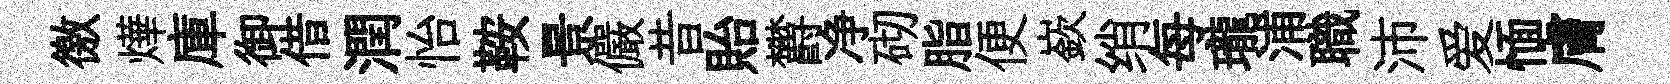
徼燁庫御借潤怡鞍景儼昔貽欝净砌脂便嶔绡每瓏浦職沛爱愐膚